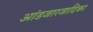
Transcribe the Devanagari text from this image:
आंडजारजादिका